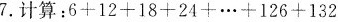
7.计算：$$6+12+18+24+···+126+132$$